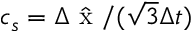
c _ { s } = \Delta \hat { \mathrm { ~ x ~ } } / ( \sqrt { 3 } \Delta t )